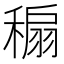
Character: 𥡇